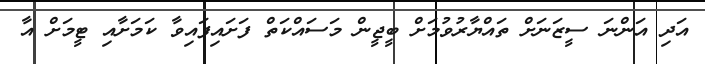
އަދި އަންނަ ސީޒަނަށް ތައްޔާރުވުމަށް ބީޖީން މަސައްކަތް ފަށައިފައިވާ ކަމަށާއި ޓީމަށް އާ